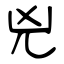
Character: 兇